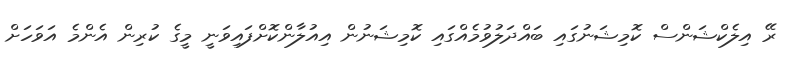
ރޭ އިލެކްޝަންސް ކޮމިޝަނުގައި ބައްދަލުވުމެއްގައި ކޮމިޝަނުން އިއުލާންކޮށްފައިވަނީ މީގެ ކުރިން އެންމެ އަވަހަށް